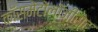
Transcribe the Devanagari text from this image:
कॉसमेटोलॉजीस्ट